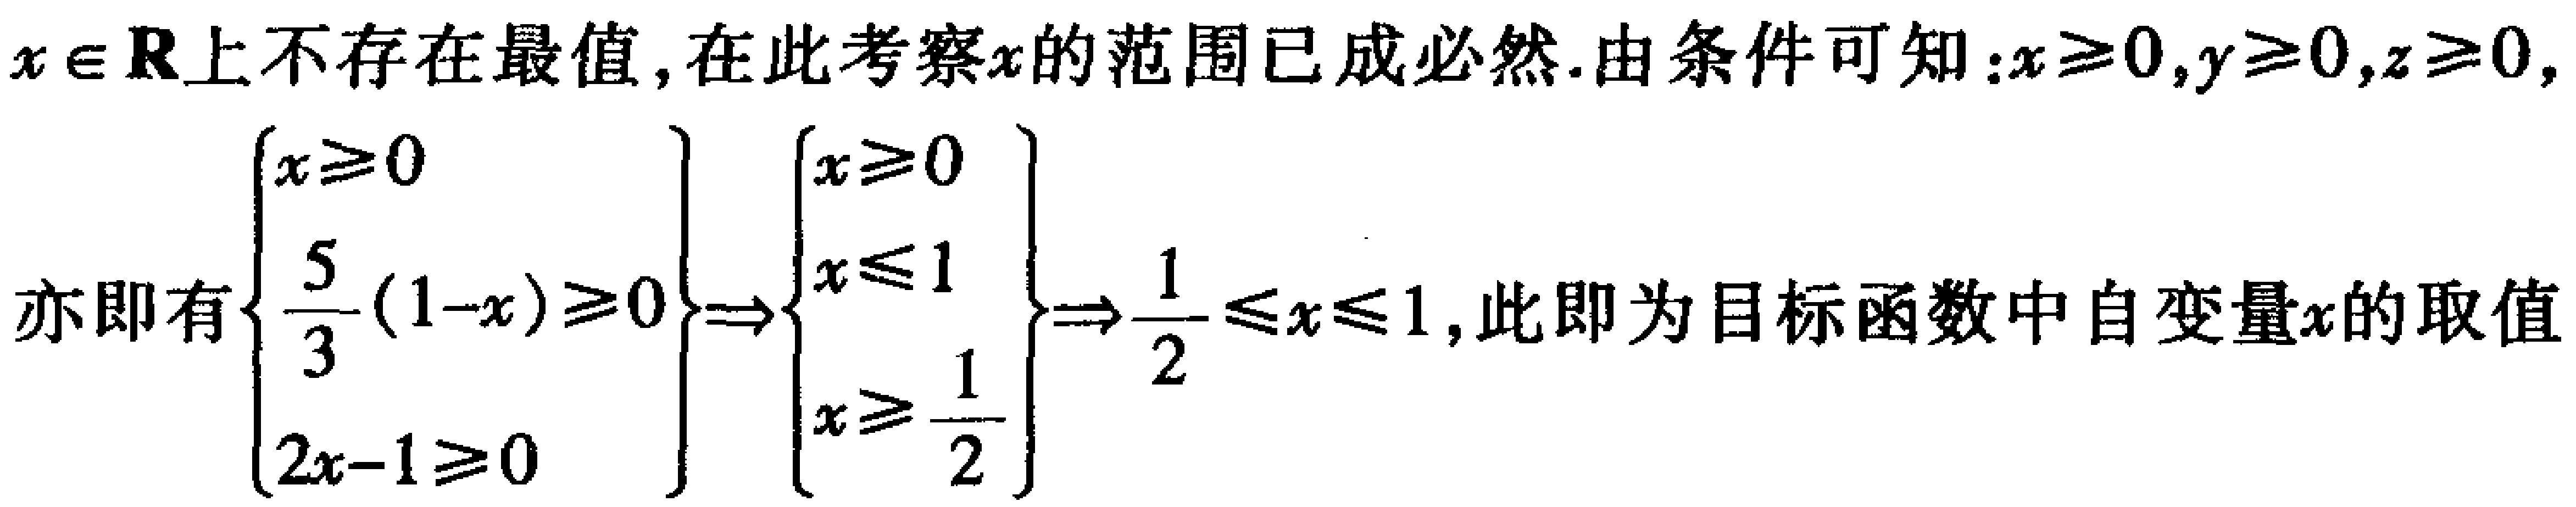
$x\in \mathbf{R}上不存在最值,在此考察x的范围已成必然.由条件可知:x\geqslant 0,y\geqslant 0,z\geqslant 0,$

$亦即有\begin{cases}

x\geqslant 0 \\

\frac{5}{3}(1 - x)\geqslant 0 \\

2x - 1\geqslant 0

\end{cases}\Rightarrow\begin{cases}

x\geqslant 0 \\

x\leqslant 1 \\

x\geqslant \frac{1}{2}

\end{cases}\Rightarrow\frac{1}{2}\leqslant x\leqslant 1,此即为目标函数中自变量x的取值$